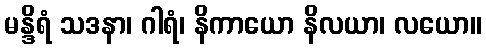
မန္ဒိရံ သဒနာ၊ ဂါရံ၊ နိကာယော နိလယာ၊ လယော။